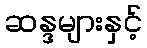
ဆန္ဒများနှင့်